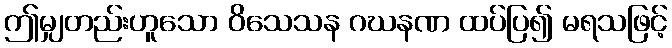
ဤမျှတည်းဟူသော ဝိသေသန ဂဃနဏ ထပ်ပြ၍ မရသဖြင့်